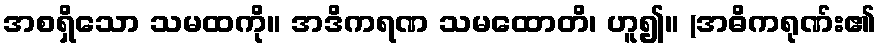
အစရှိသော သမထကို။ အဒိကရဏ သမထောတိ၊ ဟူ၍။ (အဓိကရုဏ်း၏